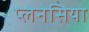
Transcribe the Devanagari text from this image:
प्लेनेसिया